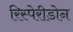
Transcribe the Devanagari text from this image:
रिस्पेरीडोन